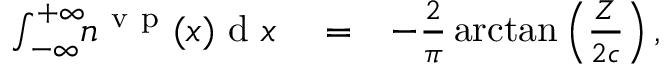
\begin{array} { r l r } { \int _ { - \infty } ^ { + \infty } \! \! n ^ { \mathrm { ~ v ~ p ~ } } ( x ) \ensuremath { \mathrm { ~ d ~ } } x } & { { } = } & { - \frac { 2 } { \pi } \arctan \left( \frac { Z } { 2 c } \right) , } \end{array}